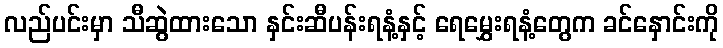
လည်ပင်းမှာ သီဆွဲထားသော နှင်းဆီပန်းရနံ့နှင့် ရေမွှေးရနံ့တွေက ခင်နှောင်းကို